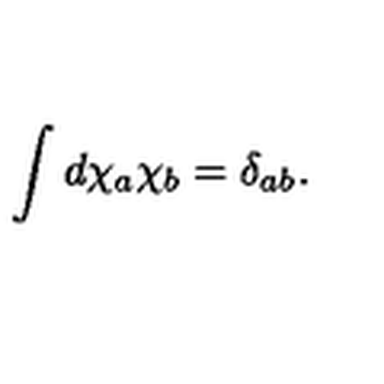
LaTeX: \int d \chi _ { a } \chi _ { b } = \delta _ { a b } .